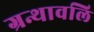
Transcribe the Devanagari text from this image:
ग्रन्थावलि